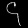
Digit: ၄